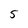
Character: 5